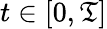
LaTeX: t\in[0,\mathfrak{T}]